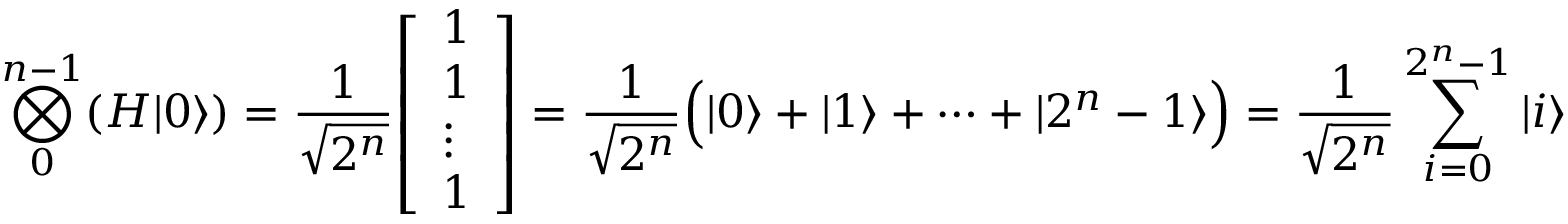
\bigotimes _ { 0 } ^ { n - 1 } ( H | 0 \rangle ) = { \frac { 1 } { \sqrt { 2 ^ { n } } } } { \left[ \begin{array} { l } { 1 } \\ { 1 } \\ { \vdots } \\ { 1 } \end{array} \right] } = { \frac { 1 } { \sqrt { 2 ^ { n } } } } { \Big ( } | 0 \rangle + | 1 \rangle + \dots + | 2 ^ { n } - 1 \rangle { \Big ) } = { \frac { 1 } { \sqrt { 2 ^ { n } } } } \sum _ { i = 0 } ^ { 2 ^ { n } - 1 } | i \rangle